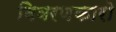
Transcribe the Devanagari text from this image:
विवरणकारो